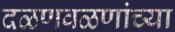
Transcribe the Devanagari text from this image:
दळणवळणांच्या